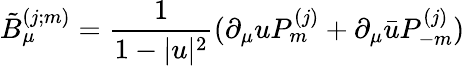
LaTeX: \tilde{B}_{\mu}^{(j;m)}=\frac{1}{1-|u|^{2}}(\partial_{\mu}uP_{m}^{(j)}+\partial_{\mu}\bar{u}P_{-m}^{(j)})